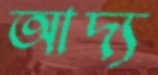
আদ্য